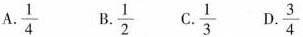
A. \frac{1}{4} B. \frac{1}{2} C. \frac{1}{3} D. \frac{3}{4}